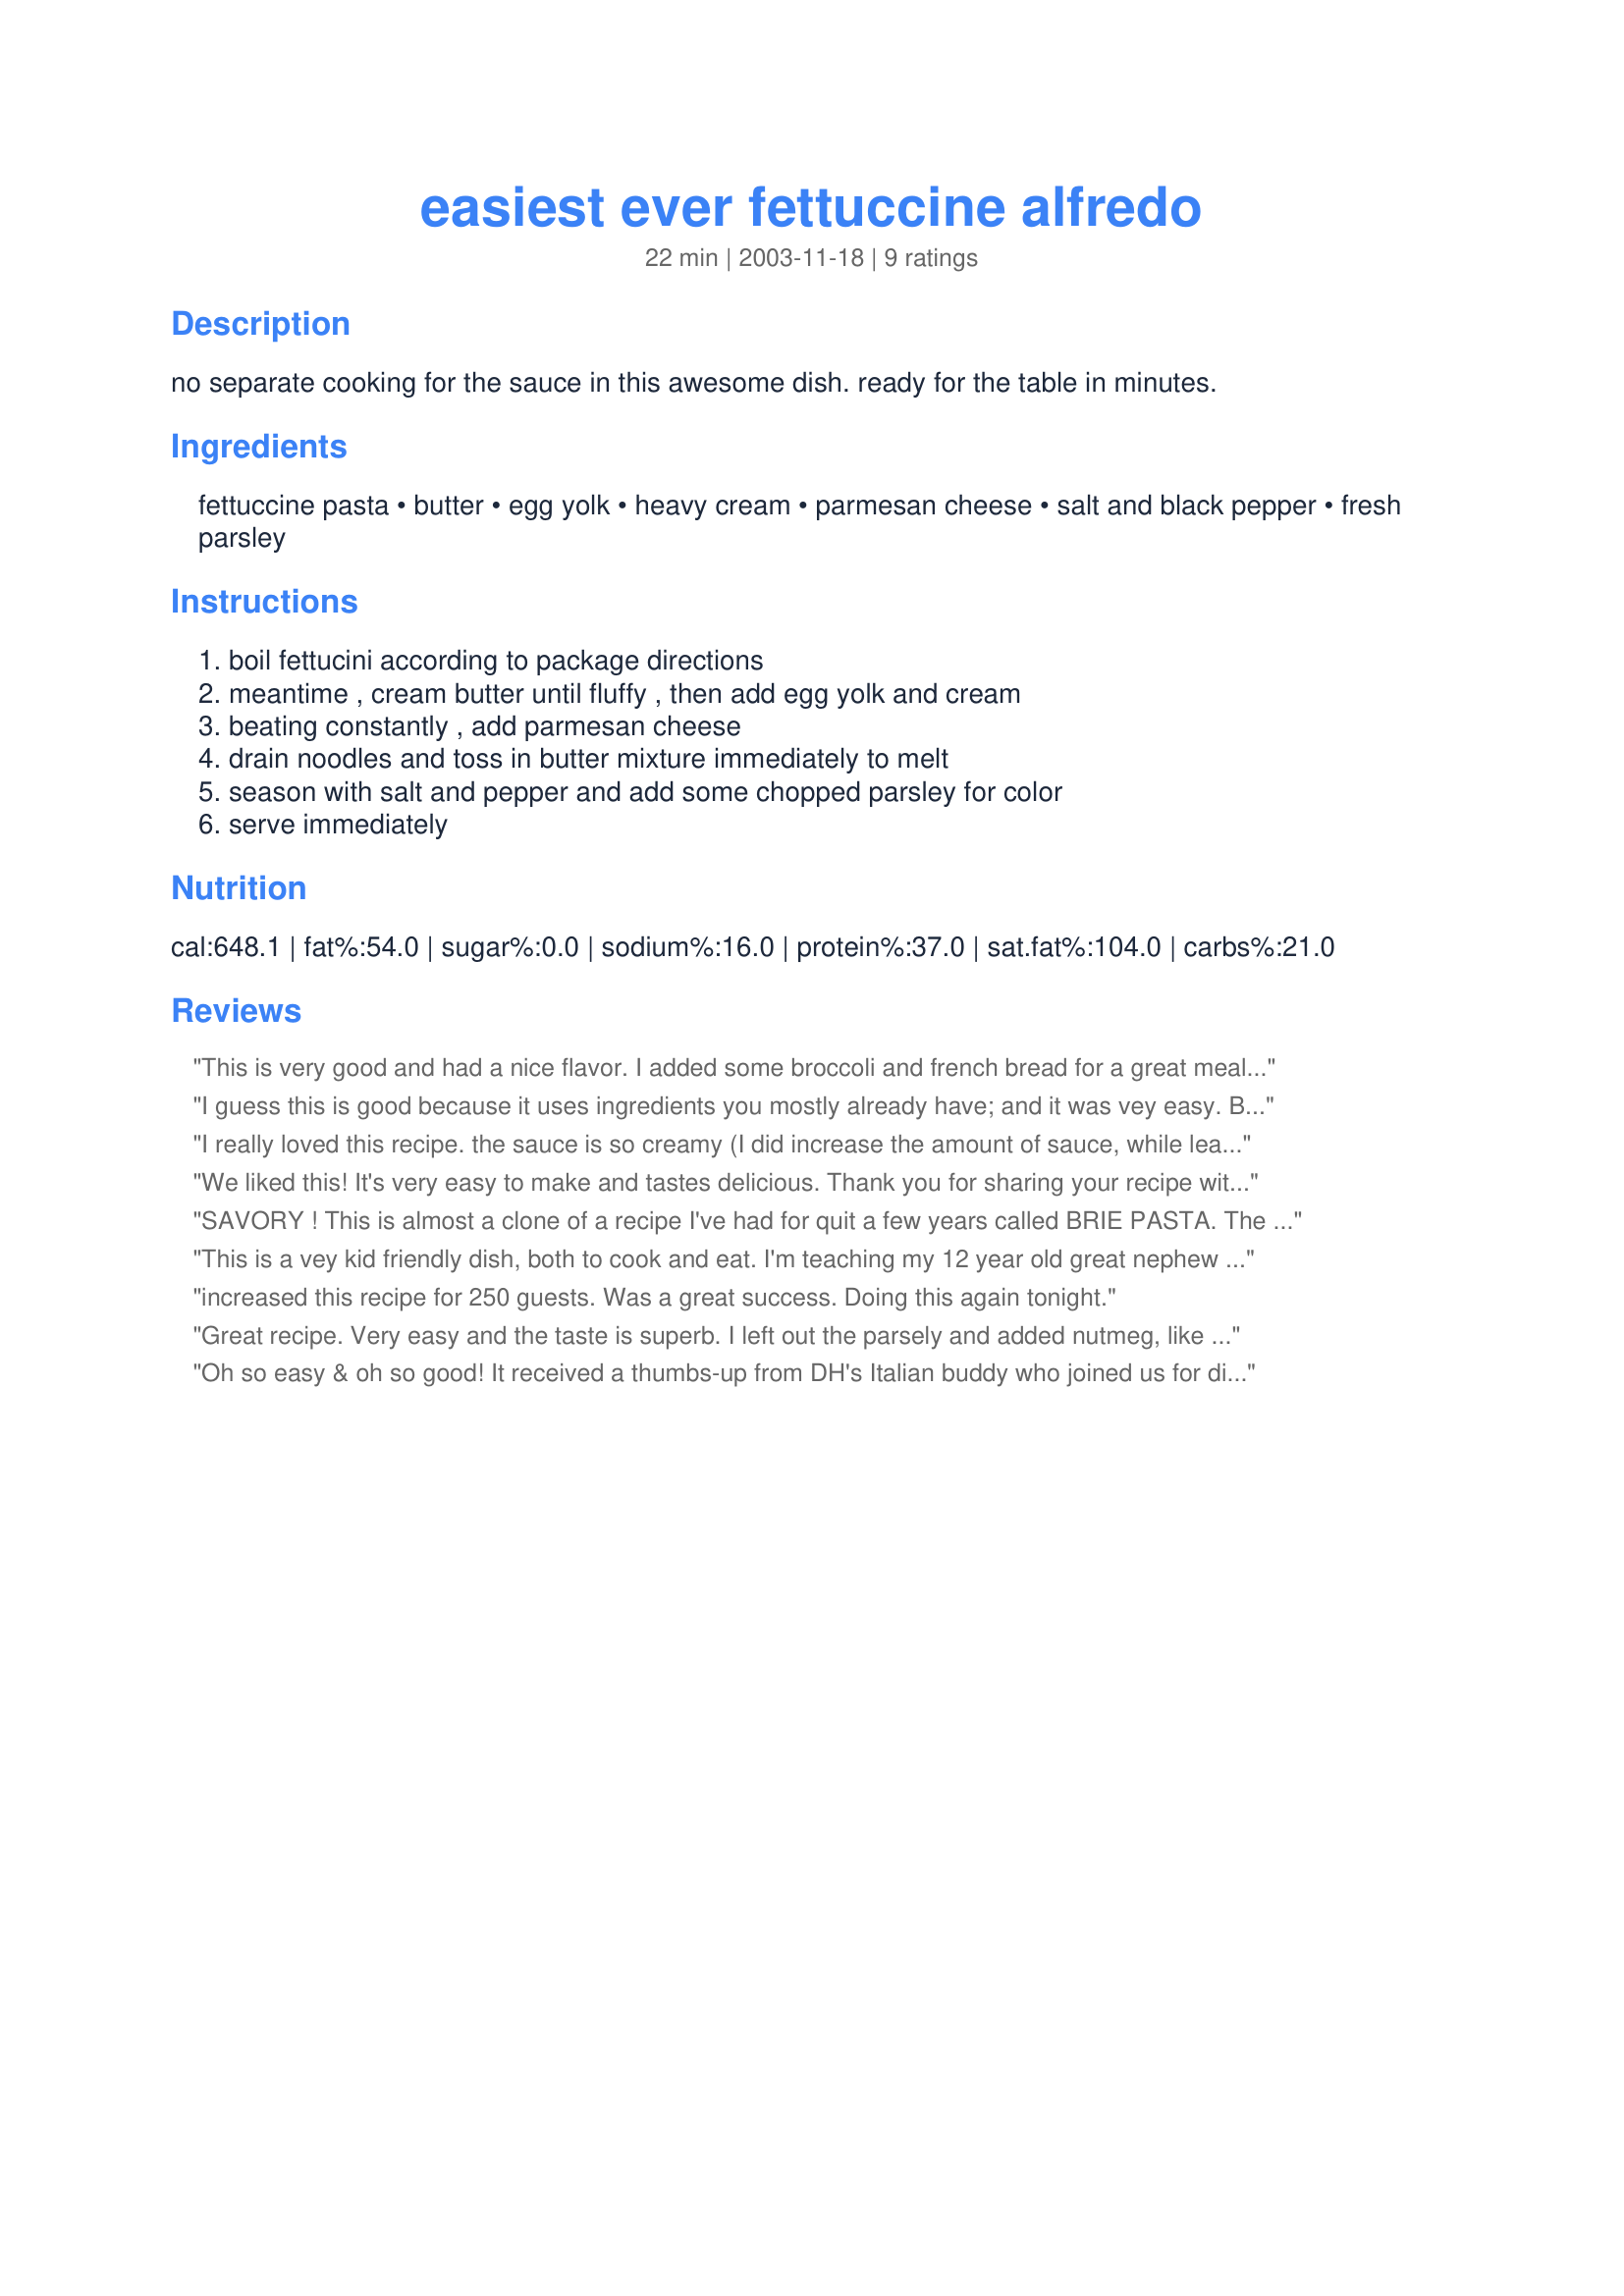
easiest ever fettuccine alfredo
Preparation time: 22 minutes

no separate cooking for the sauce in this awesome dish. ready for the table in minutes.

Ingredients:
fettuccine pasta, butter, egg yolk, heavy cream, parmesan cheese, salt and black pepper, fresh parsley

Steps:
boil fettucini according to package directions, meantime , cream butter until fluffy , then add egg yolk and cream, beating constantly , add parmesan cheese, drain noodles and toss in butter mixture immediately to melt, season with salt and pepper and add some chopped parsley for color, serve immediately

Reviews:
This is very good and had a nice flavor. I added some broccoli and french bread for a great meal. It couldn't have been any easier.
I guess this is good because it uses ingredients you mostly already have; and it was vey easy. But mine wasn't creamy; not very flavorful and it was extremely fattening!
I really loved this recipe. the sauce is so creamy (I did increase the amount of sauce, while leaving the serving of pasta the same) and so tasty. This is one of my kids favorites!! I replaced the fettucini with whole wheat spaghetti and it still turned out wonderful.
We liked this! It's very easy to make and tastes delicious. Thank you for sharing your recipe with us.
SAVORY ! This is almost a clone of a recipe I've had for quit a few years called BRIE PASTA. The preparation is much the same but the taste is altogether different. It is a pleasure to add this to my 'book'. Thanx!
This is a vey kid friendly dish, both to cook and eat. I'm teaching my 12 year old great nephew to cook and this was the perfect recipe, he was thrilled with the end result and all the compliments he received from adults. However, I think the biggest compliment was that his little brother liked it so much. Thanks so much for posting this keeper.
increased this recipe for 250 guests. Was a great success.

Doing this again tonight.
Great recipe. Very easy and the taste is superb. I left out the parsely and added nutmeg, like the first reviewer. We ate it on tortellini mixed with peas.
Oh so easy & oh so good! It received a thumbs-up from DH's Italian buddy who joined us for dinner. Aside from adding a light sprinkle of grated nutmeg, I followed the recipe. Thanx Marie!
